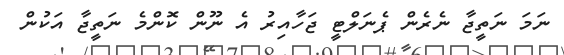
ނަމަ ނަތީޖާ ނެރެން ޕެނަލްޓީ ޖަހާއިރު އެ ނޫން ކޮންމެ ނަތީޖާ އަކުން